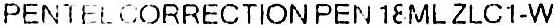
PENTEL CORRECTION PEN 18ML ZLC1-W